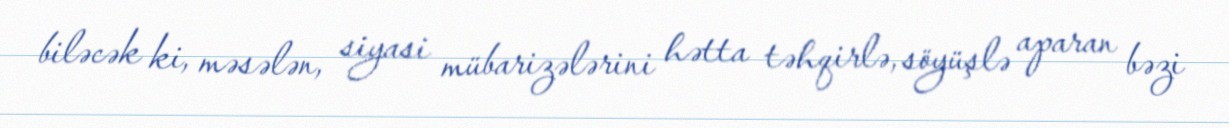
biləcək ki, məsələn, siyasi mübarizələrini hətta təhqirlə, söyüşlə aparan bəzi